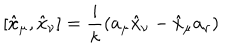
[ \hat { x } _ { \mu } , \hat { x } _ { \nu } ] = \frac { i } { \kappa } ( a _ { \mu } \hat { x } _ { \nu } - \hat { x } _ { \mu } a _ { \nu } )